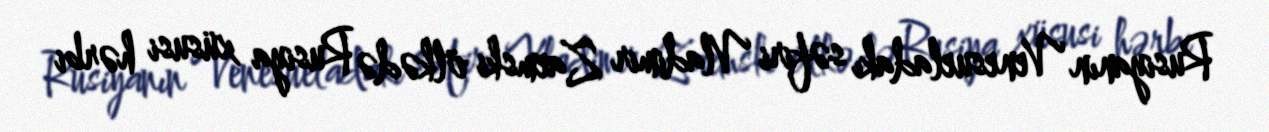
Rusiyanın Venesueladakı səfiri Vladimir Zaemski ölkədə Rusiya xüsusi hərbi